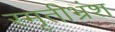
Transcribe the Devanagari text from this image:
स्मृतीभ्रंश